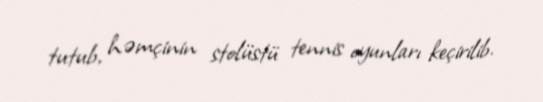
tutub, həmçinin stolüstü tennis oyunları keçirilib.